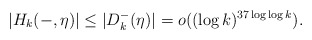
\begin{align*}|H_k(-,\eta)|\leq |D_k^-(\eta)|=o((\log k)^{37\log\log k}).\end{align*}